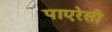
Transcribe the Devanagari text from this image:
पाएरेसी